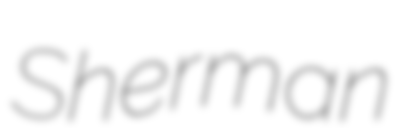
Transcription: Sherman